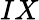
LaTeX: IX